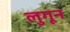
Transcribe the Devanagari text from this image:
लुगून